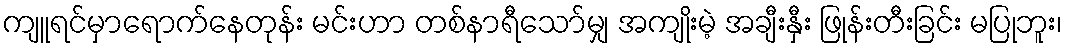
ကျူရင်မှာရောက်နေတုန်း မင်းဟာ တစ်နာရီသော်မျှ အကျိုးမဲ့ အချီးနှီး ဖြုန်းတီးခြင်း မပြုဘူး၊